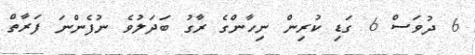
6 ދުވަސް 6 ގަޑި ކުރިން ނިހާންގެ ރާގު ބަދަލުވެ ނުފެންނަ ފަރާތް